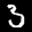
Label: 3